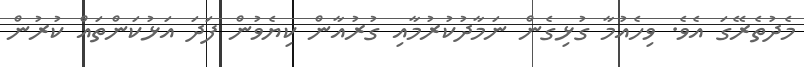
މެދުތެރޭގަ އެވެ. ވިހެއުމާ ގުޅިގެން ނަމާދުކުރުމާއި ގުރުއާން ކިޔެވުން ފަދަ އަޅުކަންތައް ކުރުން